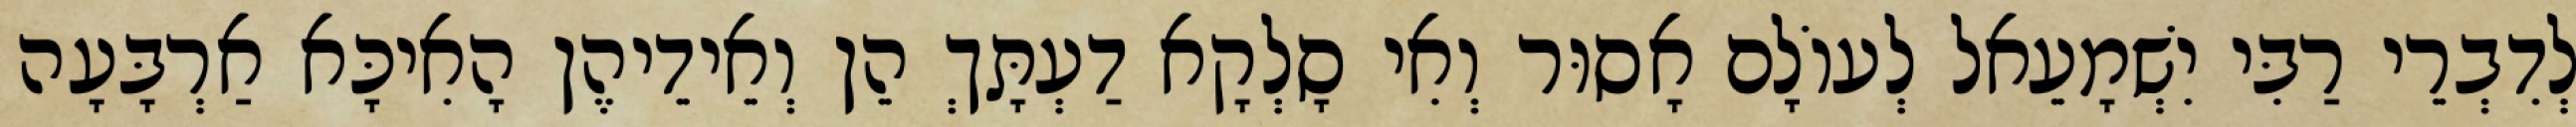
לְדִבְרֵי רַבִּי יִשְׁמָעֵאל לְעוֹלָם אָסוּר וְאִי סָלְקָא דַעְתָּךְ הֵן וְאֵידֵיהֶן הָאִיכָּא אַרְבָּעָה